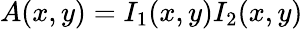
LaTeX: A(x,y)=I_{1}(x,y)I_{2}(x,y)